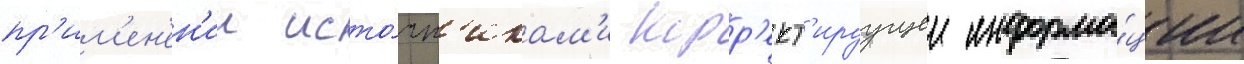
пр'им'ен'ен'ии исто́чн'икам'и корр'ект'ируущеи информа́ции